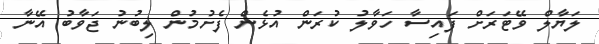
ލަޔާލް ވޭޓަރަށް ފައިސާ ހަވާލު ކުރަން އުޅެން ފެށުމުން ލިބުނު ޖަވާބު އޭނާ